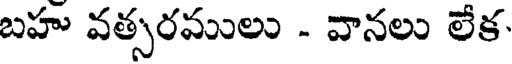
బహు వత్సరములు - వానలు లేక